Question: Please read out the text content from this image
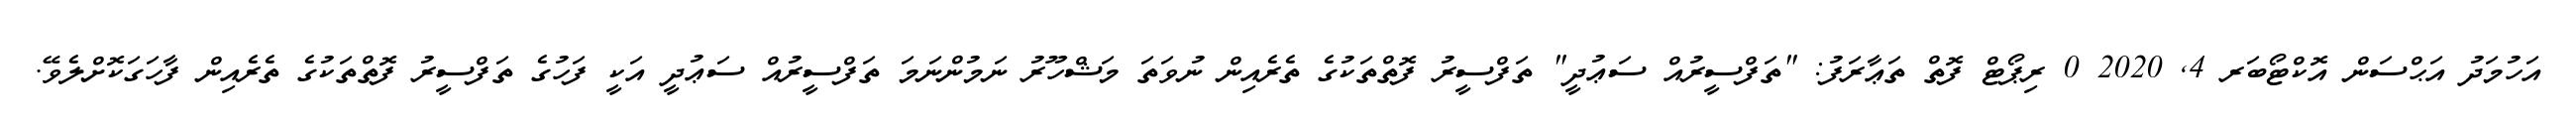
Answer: އަހުމަދު އަޙްސަން އޮކްޓޯބަރ 4, 2020 0 ރިޕޯޓް ފޮތް ތަޢާރަފު: "ތަފްސީރުއް ސަޢުދީ" ތަފްސީރު ފޮތްތަކުގެ ތެރެއިން ނުވަތަ މަޝްހޫރު ނަމުންނަމަ ތަފްސީރުއް ސަޢުދީ އަކީ ފަހުގެ ތަފްސީރު ފޮތްތަކުގެ ތެރެއިން ފާހަގަކޮށްލެވޭ.